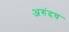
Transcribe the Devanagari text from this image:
अरुंदच